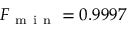
F _ { \mathrm { ~ m ~ i ~ n ~ } } = 0 . 9 9 9 7